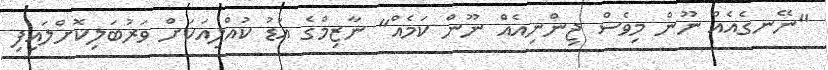
"ނޭނގެއެއް ނޫން މިވެސް ޖިންނިއެއް ނޫން ކަމެއް" ނާޒިމްގެ އަޑު ކުއްލިއަކަށް ވަރުބަލިކޮށްލައިފި